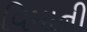
વિમાની